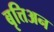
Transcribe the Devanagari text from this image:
बृत्तिअन